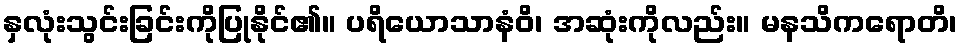
နှလုံးသွင်းခြင်းကိုပြုနိုင်၏။ ပရိယောသာနံဝိ၊ အဆုံးကိုလည်း။ မနသိကရောတိ၊